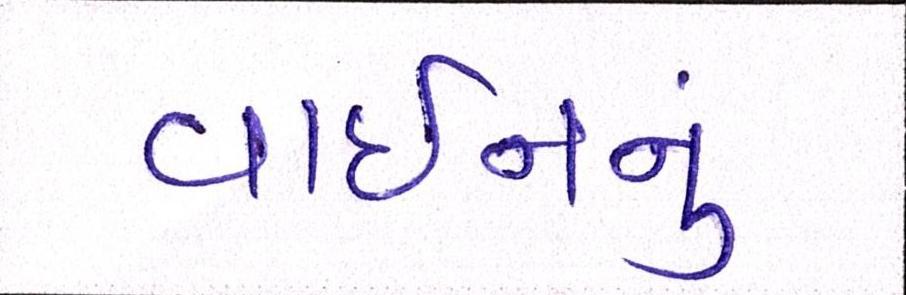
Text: વાઇનનું